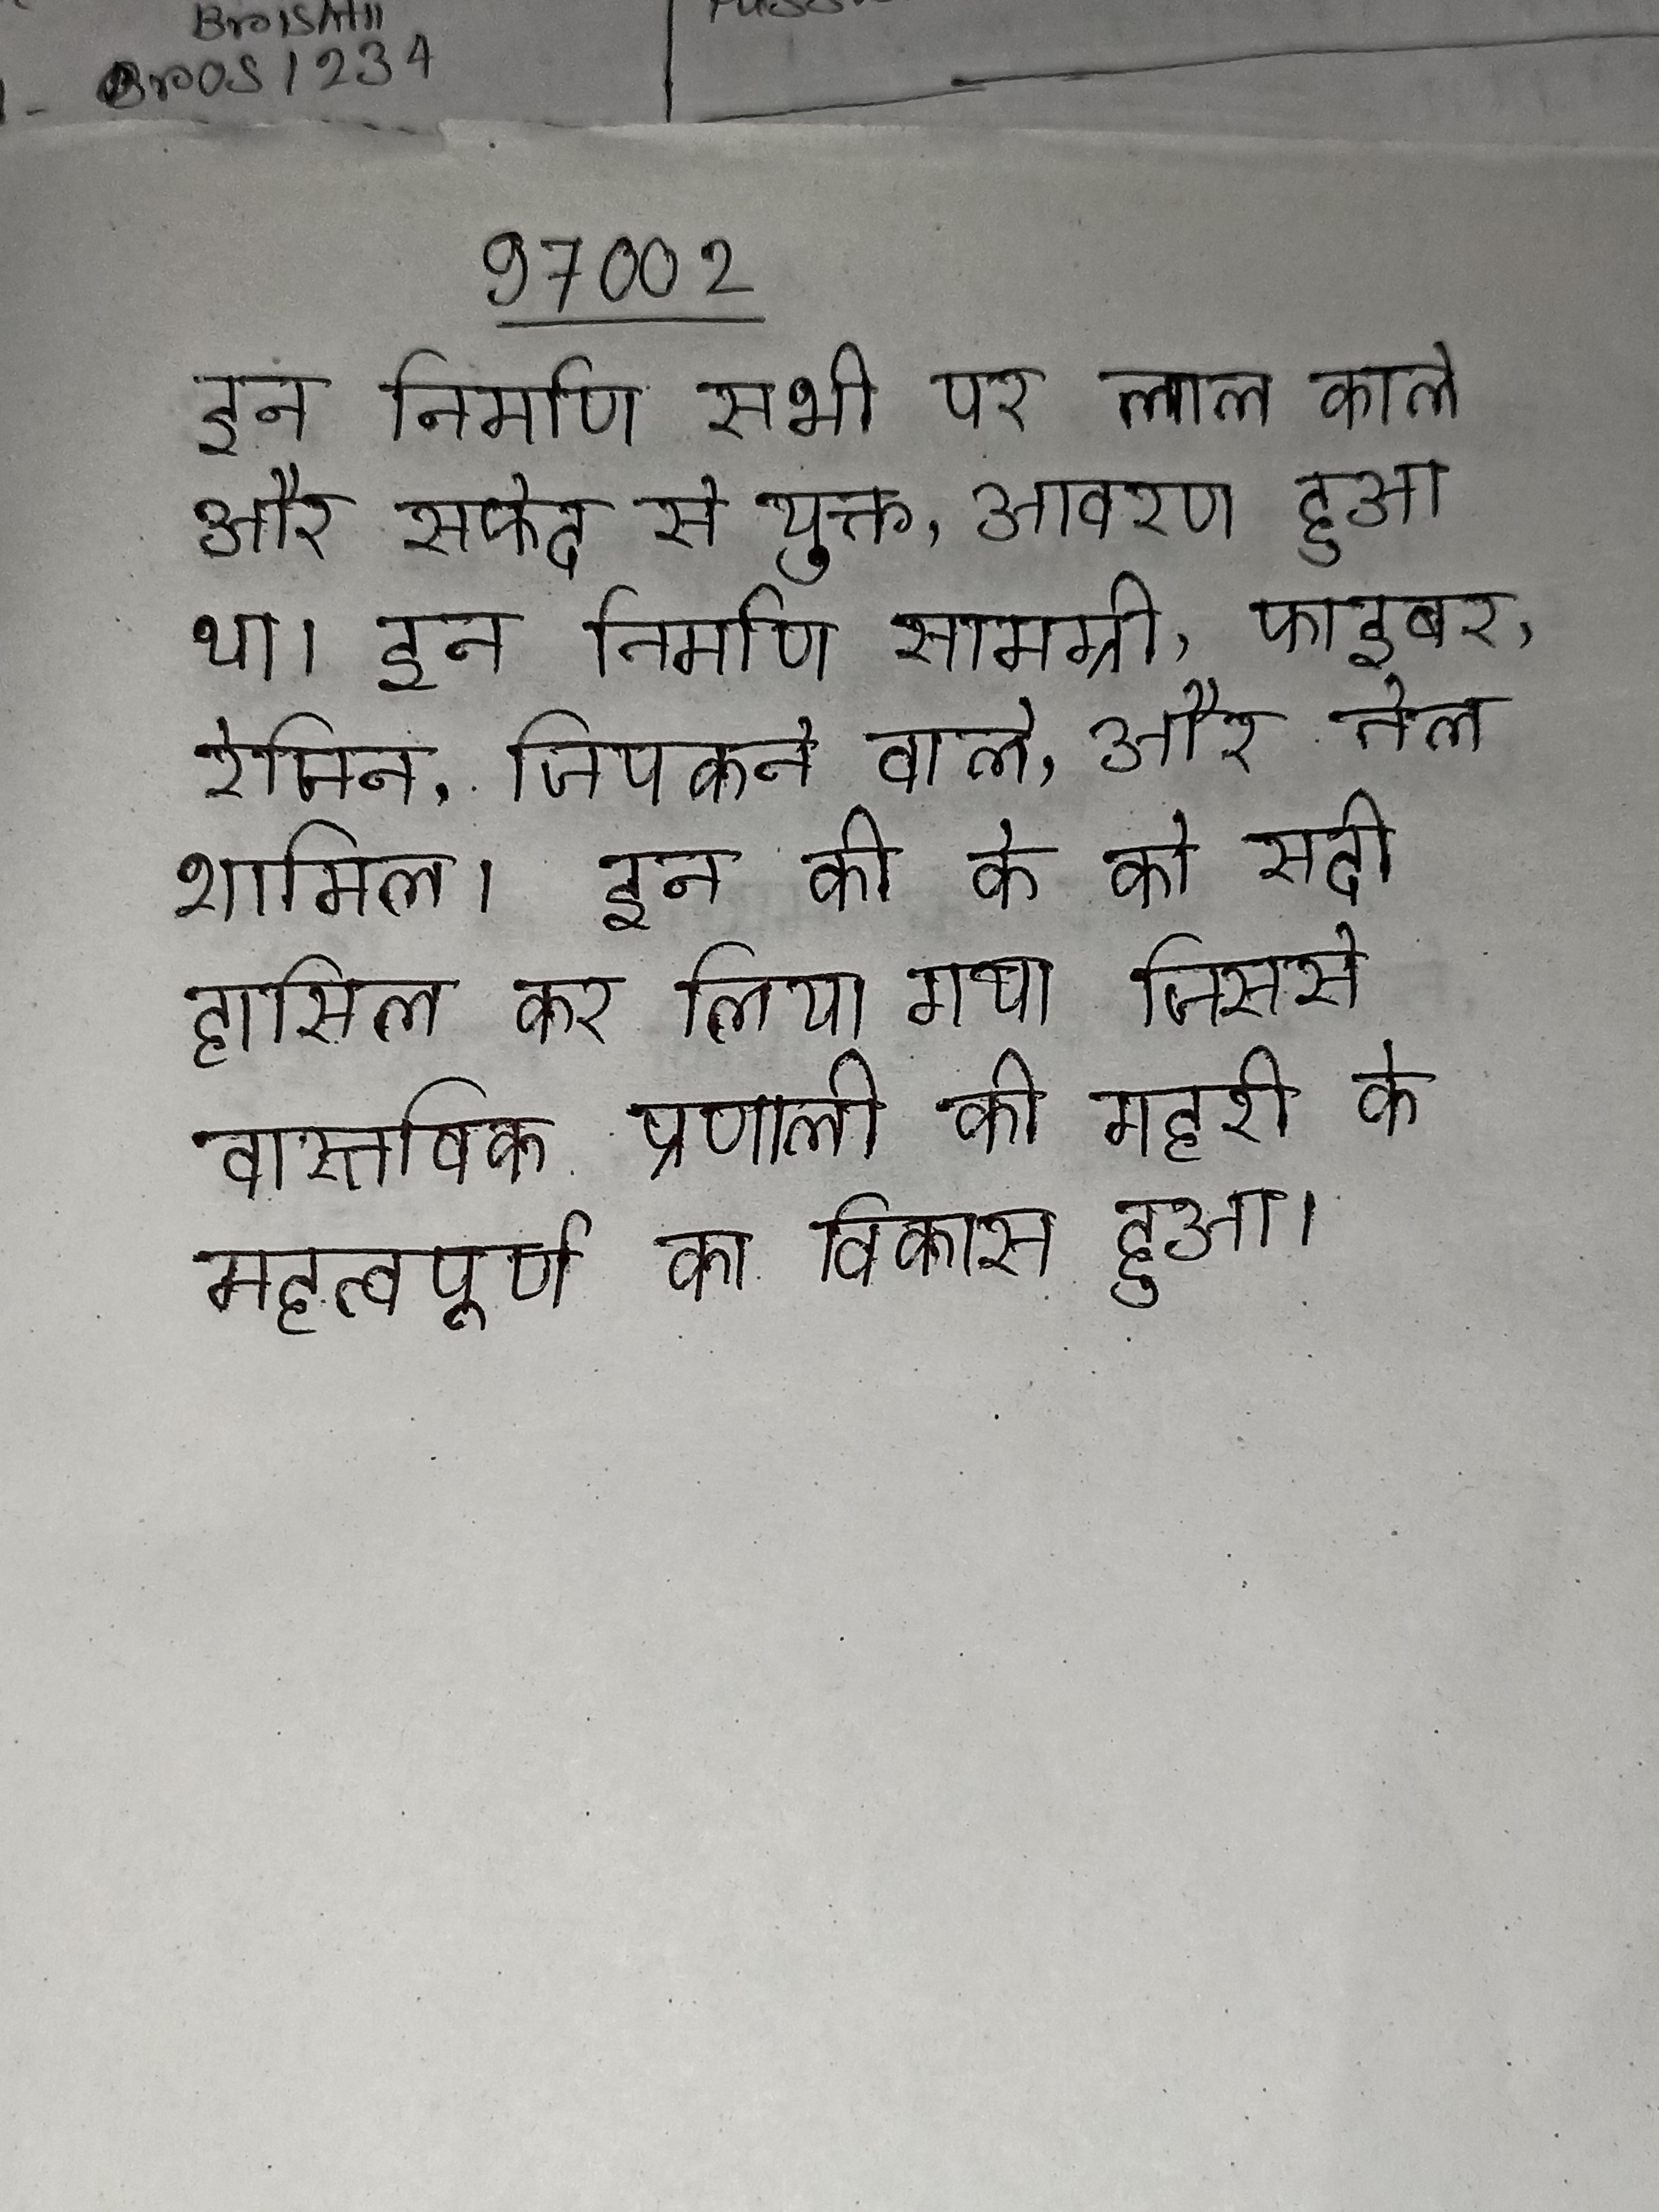
इन निर्माण सभी पर लाल काले और सफेद से युक्त, आवरण हुआ था । इन निर्माण सामग्री, फाइबर, रेजिन, चिपकने वाले, और तेल शामिल । इन की के को सदी हासिल कर लिया गया जिससे वास्तविक प्रणाली की गहरी के महत्वपूर्ण का विकास हुआ ।